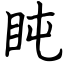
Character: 盹